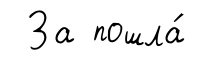
За пошла́